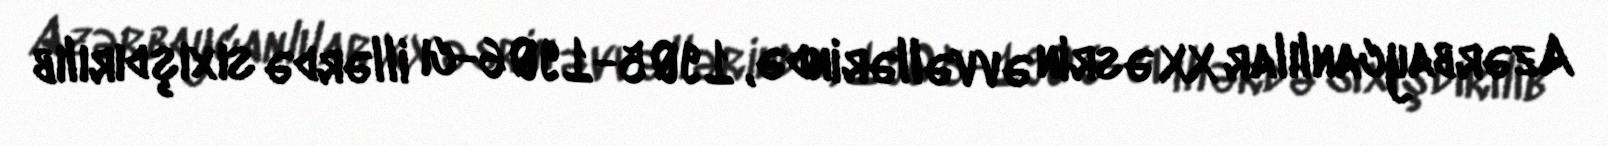
Azərbaycanlılar XX əsrin əvvəllərində, 1905-1906-cı illərdə sıxışdırılıb